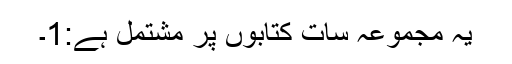
یہ مجموعہ سات کتابوں پر مشتمل ہے:1۔